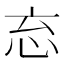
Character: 𭜘